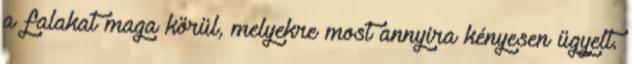
a falakat maga körül, melyekre most annyira kényesen ügyelt.